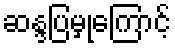
ဆန္ဒပြမှုကြောင့်